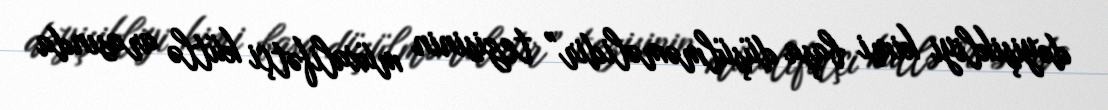
dəyişikliyi kimi başa düşülməməlidir” tezisinin müxalifətçi kütlə arasında